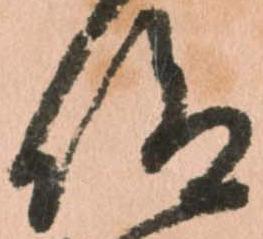
仰